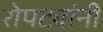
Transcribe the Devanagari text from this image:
रोपट्यांनी